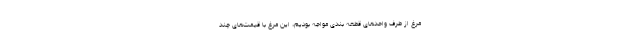
مرغ از طرف واحدهای قطعه بندی مواجه بودیم، این مرغ با قیمت‌های چند